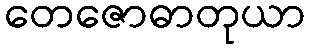
တေဇောဓာတုယာ